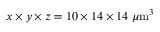
x \times y \times z = 1 0 \times 1 4 \times 1 4 \ \mu \mathrm { m } ^ { 3 }